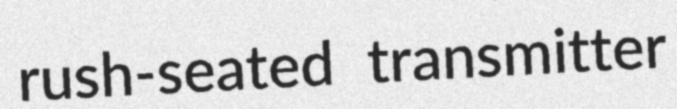
rush-seated transmitter